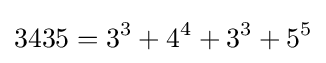
3435=3^{3}+4^{4}+3^{3}+5^{5}